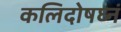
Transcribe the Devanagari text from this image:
कलिदोषघ्नं